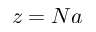
z = N a